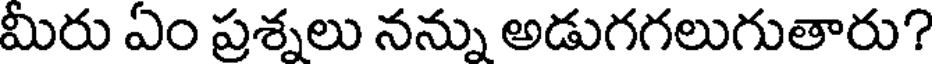
మీరు ఏం ప్రశ్నలు నన్ను అడుగగలుగుతారు?